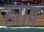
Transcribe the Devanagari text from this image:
हराय